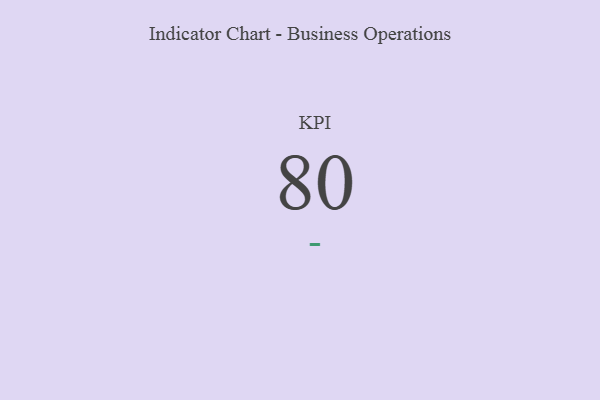
{"axis": {"x": "KPI", "y": "Value"}, "legend": [""], "data": [{"x": "KPI", "y": 80, "type": ""}]}